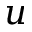
u